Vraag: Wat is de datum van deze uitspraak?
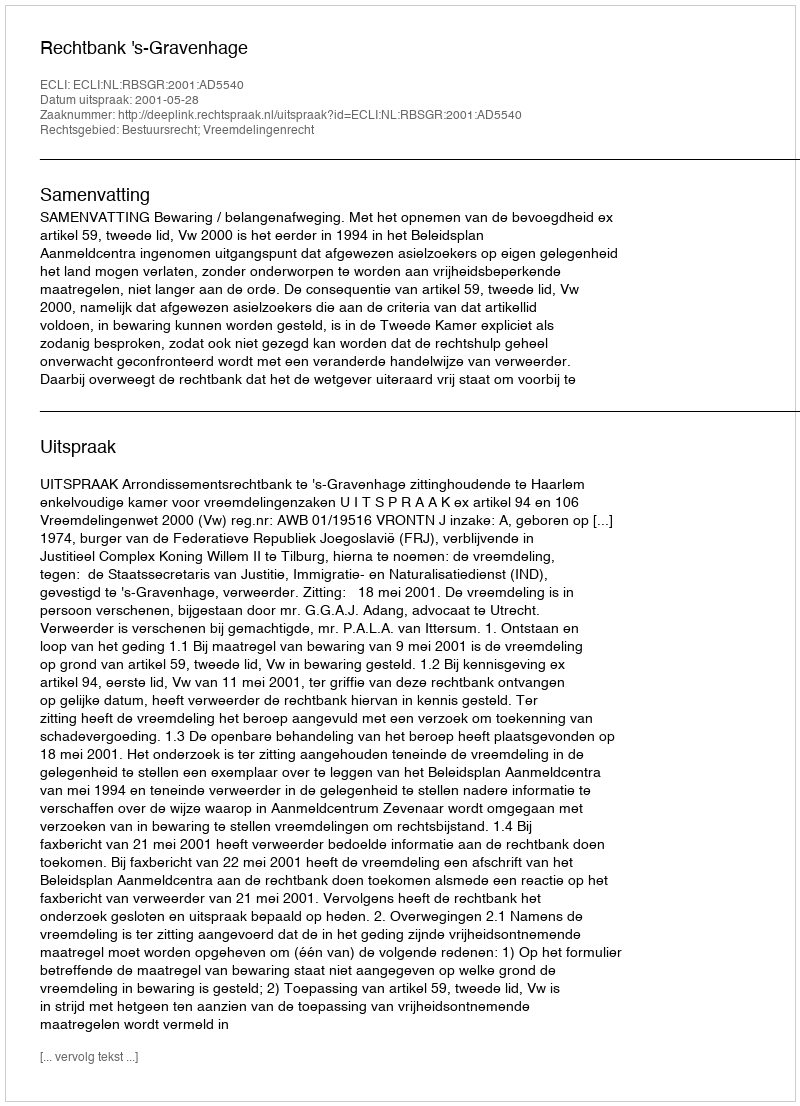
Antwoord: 2001-05-28